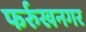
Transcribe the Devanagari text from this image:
फर्रुखनगर